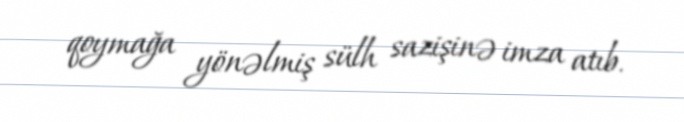
qoymağa yönəlmiş sülh sazişinə imza atıb.